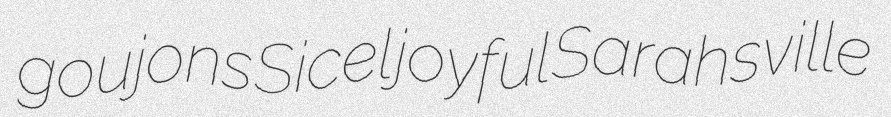
goujons Sicel joyful Sarahsville